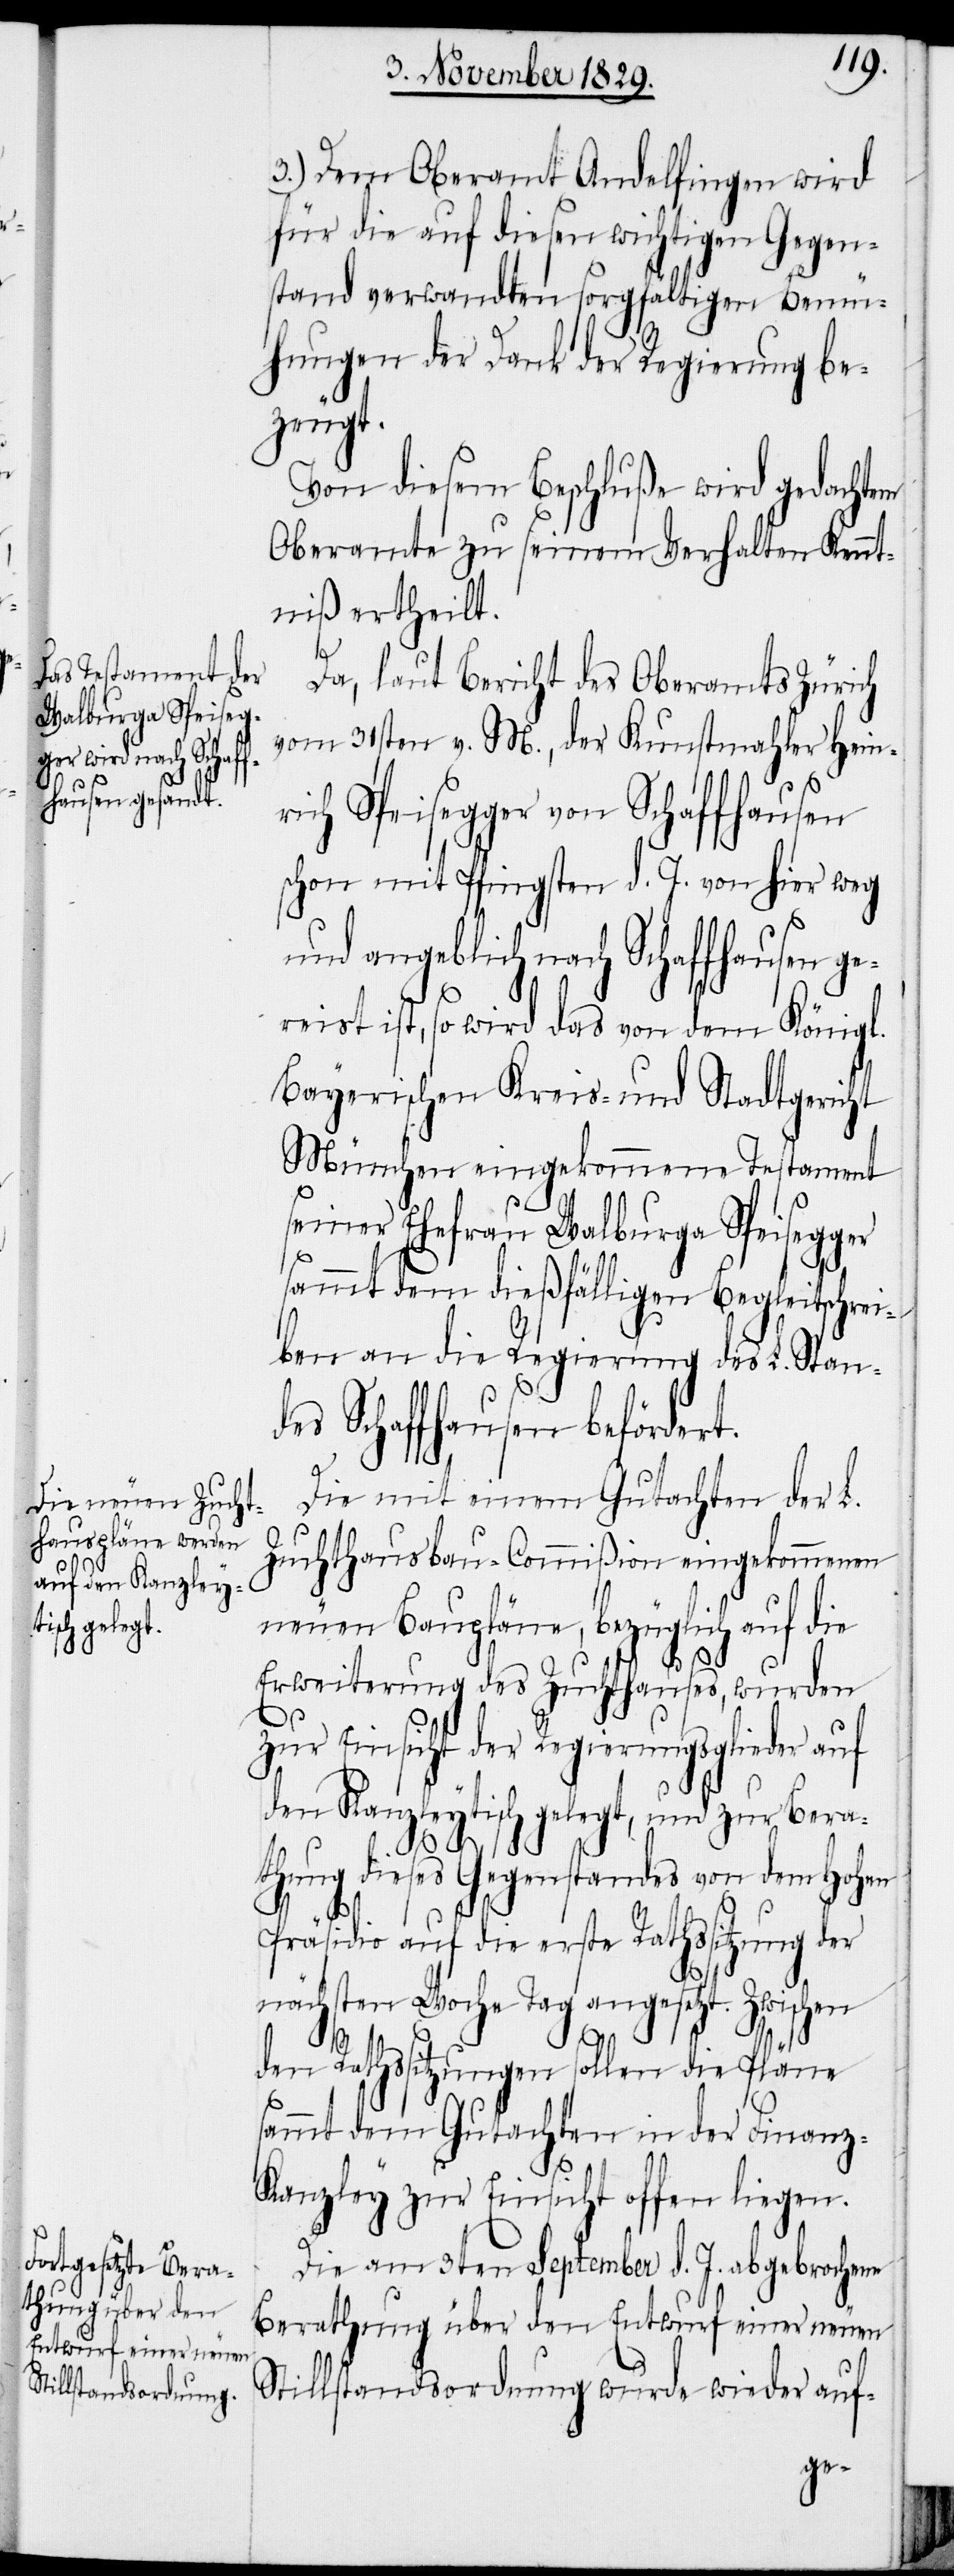
3.) Dem Oberamt Andelfingen wird
für die auf diesen wichtigen Gegen¬
stand verwandten sorgfältigen Bemü¬
hungen der Dank der Regierung be¬
zeugt.
Von diesem Beschluße wird gedachtem
Oberamte zu seinem Verhalten Kennt¬
niß ertheilt.
Da, laut Bericht des Oberamts Zürich
vom 31sten v. M., der Kunstmahler Hein¬
rich Speisegger von Schaffhausen
schon mit Pfingsten d. J. von hier weg
und angeblich nach Schaffhausen ge¬
reist ist, so wird das von dem Königl.
Bayerischen Kreis- und Stadtgericht
München eingekommene Testament
seiner Ehefrau Walburga Speisegger
sammt dem dießfälligen Begleitschrei¬
ben an die Regierung des L. Stan¬
des Schaffhausen befördert.
Die mit einem Gutachten der L.
Zuchthausbau-Commißion eingekommenen
neuen Baupläne, bezüglich auf die
Erweiterung des Zuchthauses, wurden
zur Einsicht der Regierungsglieder auf
den Kanzleytisch gelegt, und zur Bera¬
thung dieses Gegenstandes von dem Hohen
Präsidio auf die erste Rathssitzung der
den Rathssitzungen sollen die Pläne
sammt dem Gutachten in der Finanz-K¬
anzley zur Einsicht offen liegen.
Die am 3ten September d. J. abgebrochene
Berathung über den Entwurf einer neuen
Stillstandsordnung wurde wieder auf-